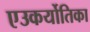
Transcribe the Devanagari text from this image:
एउकर्योतिका